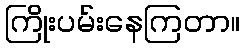
ကြိုးပမ်းနေကြတာ။